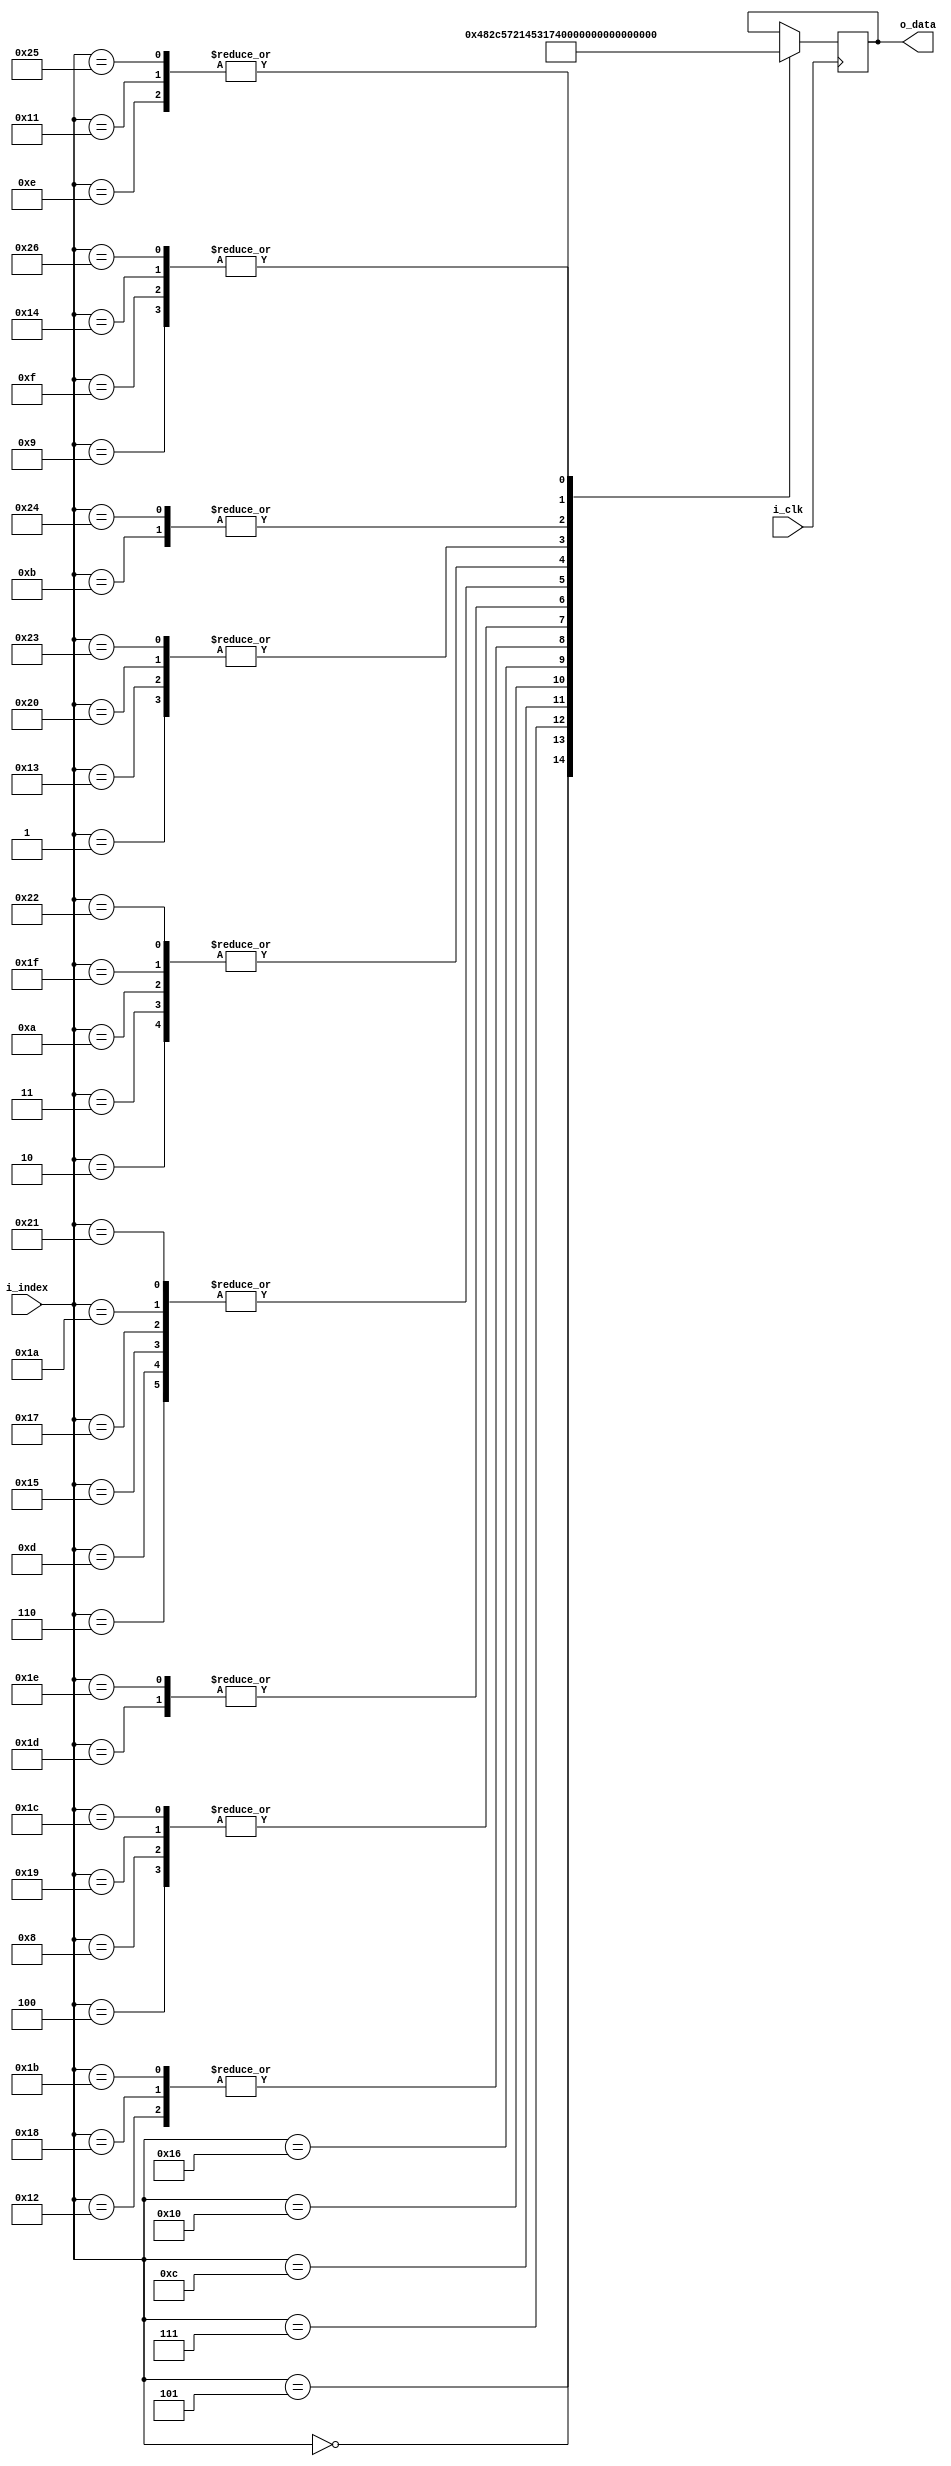
module rom
	(
	input  wire       i_clk,
 
	input  wire [5:0] i_index,
	output reg  [7:0] o_data
	);

	always@(posedge i_clk) begin
		case(i_index)
			0:  o_data <= "H";
			1:  o_data <= "e";
			2:  o_data <= "l";
			3:  o_data <= "l";
			4:  o_data <= "o";
			5:  o_data <= ",";
			//
			6:  o_data <= " ";
			//
			7:  o_data <= "W";
			8:  o_data <= "o";
			9:  o_data <= "r";
			10: o_data <= "l";
			11: o_data <= "d";
			12: o_data <= "!";
			//
			13: o_data <= " ";
			14: o_data <= "\n";
			15: o_data <= "\r"; 
			//
			16: o_data <= "E";
			17: o_data <= "n";
			18: o_data <= "t";
			19: o_data <= "e";
			20: o_data <= "r";
			//
			21: o_data <= " ";
			//
			22: o_data <= "1";
			//
			23: o_data <= " ";
			//
			24: o_data <= "t";
			25: o_data <= "o";
			//
			26: o_data <= " ";
			//
			27: o_data <= "t";
			28: o_data <= "o";
			29: o_data <= "g";
			30: o_data <= "g";
			31: o_data <= "l";
			32: o_data <= "e";
			//
			33: o_data <= " ";
			//
			34: o_data <= "l";
			35: o_data <= "e";
			36: o_data <= "d";
			//
			37: o_data <= "\n";
			38: o_data <= "\r";
			//


		endcase
	end

endmodule